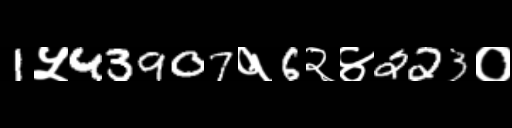
Text: 1५43907१6२४223०